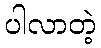
ပါလာတဲ့